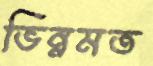
ভিন্নমত